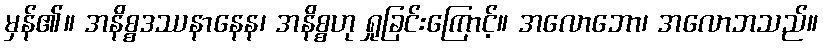
မှန်၏။ အနိစ္စဒဿနာနေန၊ အနိစ္စဟု ရှုခြင်းကြောင့်။ အလောဘော၊ အလောဘသည်။